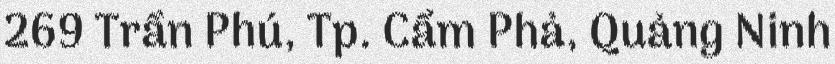
269 Trần Phú, Tp. Cẩm Phả, Quảng Ninh